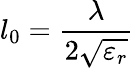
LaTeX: l_{0}=\frac{\lambda}{2\sqrt{\varepsilon_{r}}}